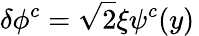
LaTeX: \delta\phi^{c}=\sqrt{2}\xi\psi^{c}(y)\,